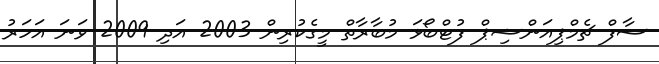
ސާފް ޗެމްޕިއަންޝިޕް ފުޓްބޯޅަ މުބާރާތް މީގެކުރިން 2003 އަދި 2009 ވަނަ އަހަރު